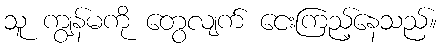
သူ ကျွန်မကို တွေလျက် ငေးကြည့်နေသည်။